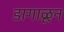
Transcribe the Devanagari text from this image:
डागाळून